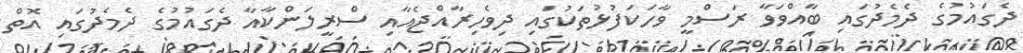
ދެގައުމުގެ ދެމެދުގައި ބާއްވަވާ ރަސްމީ ވާހަކަފުޅުތަކުގައި ދިވެހިރާއްޖެއާއި ސްރީލަންކާއާ ދެގައުމުގެ ދެމެދުގައި އޮތް